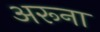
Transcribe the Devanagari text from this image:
अरूना